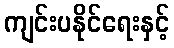
ကျင်းပနိုင်ရေးနှင့်